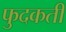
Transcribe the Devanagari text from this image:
फुदकती